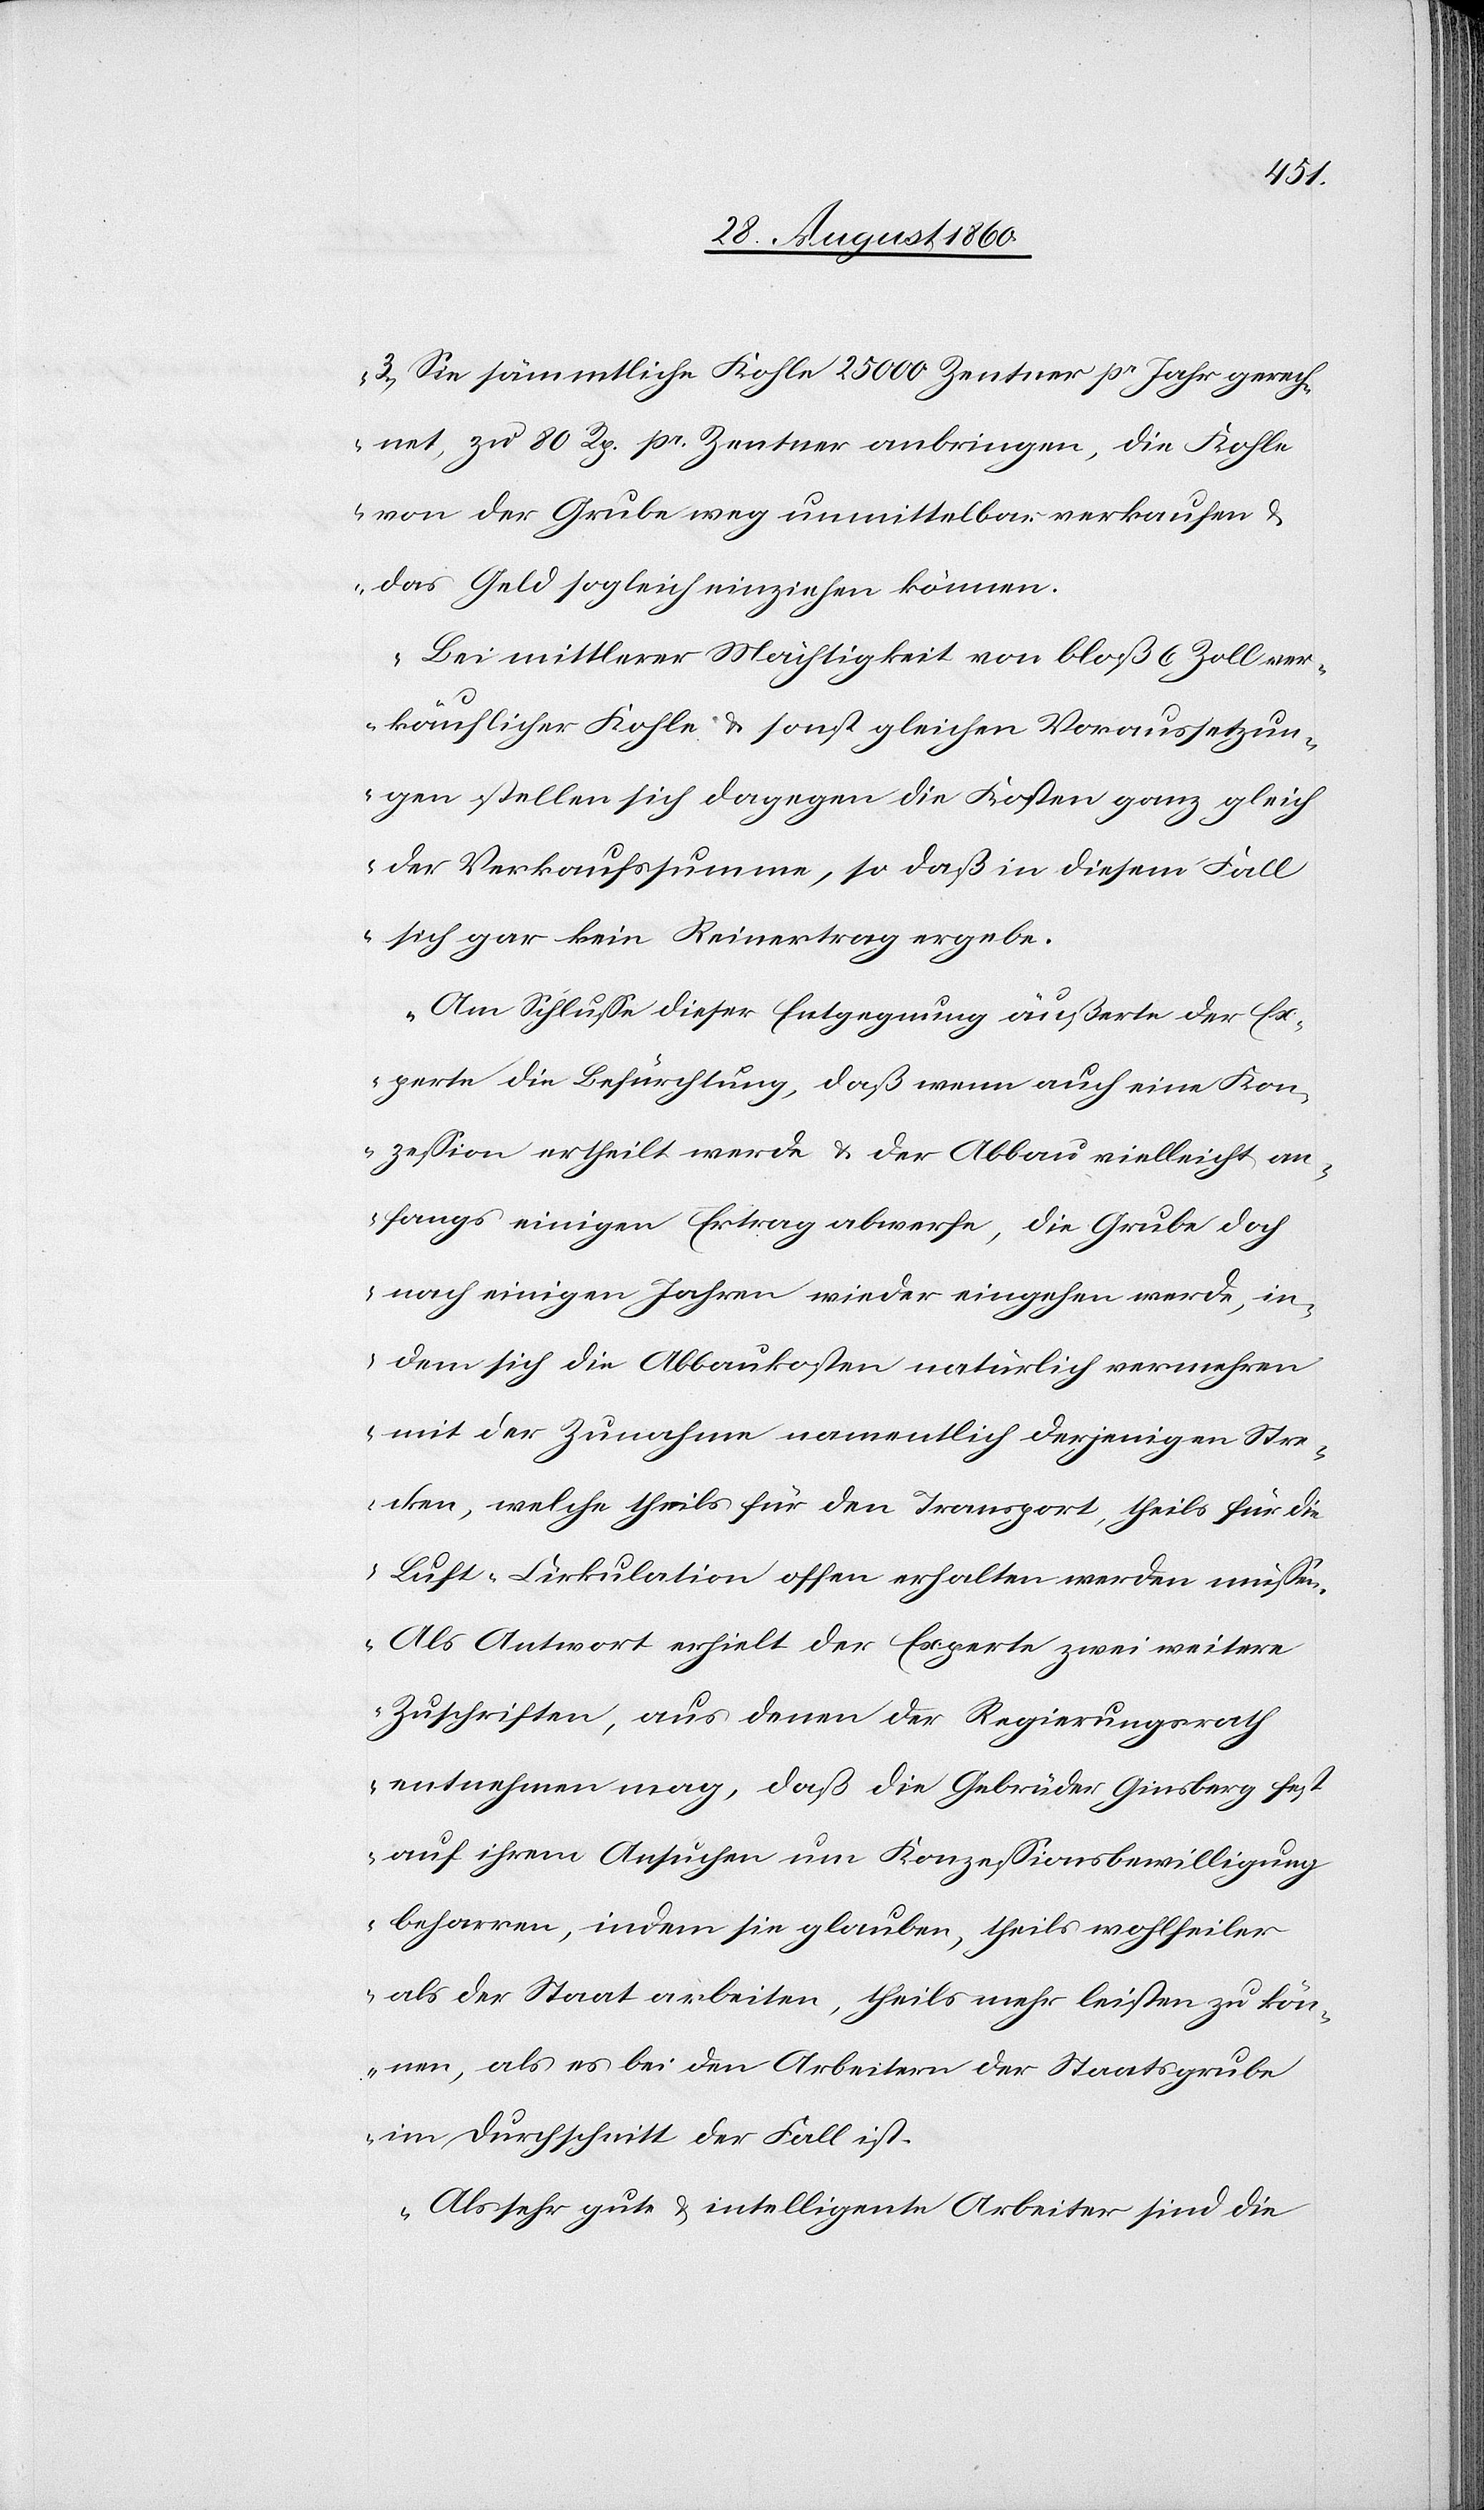
3. Sie sämmtliche Kohle, 25 000 Cetnr. pr. Jahr gerech¬
net, zu 80 Rp. pr. Centner anbringen, die Kohle
von der Grube weg unmittelbar verkaufen u.
das Geld sogleich einziehen können.
Bei mittlerer Mächtigkeit von bloss 6 Zoll ver¬
käuflicher Kohle u. sonst gleichen Voraussetzun¬
gen stellen sich dagegen die Kosten ganz gleich
der Verkaufssumme, so dass in diesem Fall
sich gar kein Reinertrag ergebe.
Am Schlusse dieser Entgegnung äusserte der E¬
xperte die Befürchtung, dass wenn auch eine Con¬
zession ertheilt werde u. der Abbau vielleicht An¬
fangs einigen Ertrag abwerfe, die Grube doch
nach einigen Jahren wieder eingehen werde, in¬
dem sich die Ablaufkosten natürlich vermehren
mit der Zunahme namentlich derjenigen Stre¬
cken, welche theils für den Transport, theils für die
Luft-Cirkulation offenerhalten werden müssen.
Als Antwort erhielt der Experte zwei weitere
Zuschriften, aus denen der Regierungsrath
entnehmen mag, dass die Gebrüder Ginsberg fest
auf ihrem Ansuchen um Conzessions-Bewilligung
beharren, indem sie glauben, theils wohlfeiler
als der Staat arbeiten, theils mehr leisten zu kön¬
nen, als es bei den Arbeitern der Staatsgrube
im Durchschnitt der Fall ist.
Als sehr gute u. intelligente Arbeiter sind